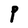
Character: P